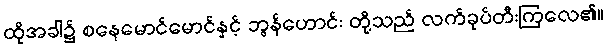
ထိုအခါ၌ စနေမောင်မောင်နှင့် ဘွန်ဟောင်း တို့သည် လက်ခုပ်တီးကြလေ၏။